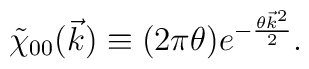
\tilde \chi_{00}(\vec k) \equiv (2 \pi \theta) e^{-\frac{\theta {\vec k}^2}{2}}.